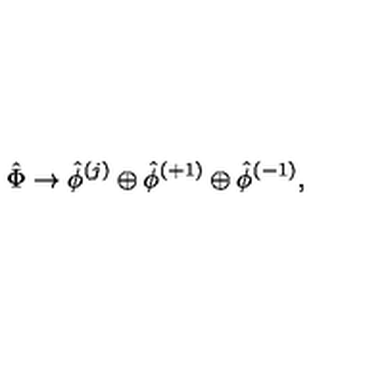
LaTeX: { \hat { \Phi } } \rightarrow { \hat { \phi } } ^ { ( j ) } \oplus { \hat { \phi } } ^ { ( + 1 ) } \oplus { \hat { \phi } } ^ { ( - 1 ) } ,